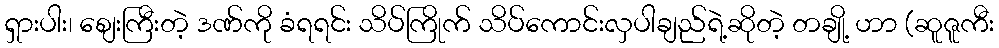
ရှားပါး၊ စျေးကြီးတဲ့ ဒဏ်ကို ခံရရင်း သိပ်ကြိုက် သိပ်ကောင်းလှပါချည်ရဲ့ဆိုတဲ့ တချို့ ဟာ (ဆူဇူကီး